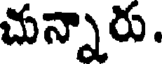
చున్నారు.